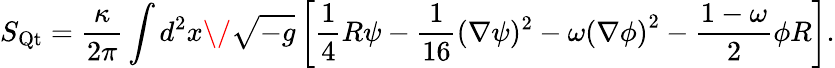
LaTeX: S_{\mathrm{Qt}}=\frac{\kappa}{2\pi}\int d^{2}x\/ \sqrt{-g}\left[\frac 14R\psi-\frac{1}{16}(\nabla\psi)^{2}-\omega\left(\nabla\phi\right)^{2}-\frac{1-\omega}{2}\phi R\right].